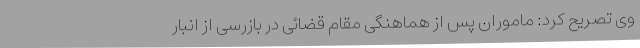
وی تصریح کرد: ماموران پس از هماهنگی مقام قضائی در بازرسی از انبار